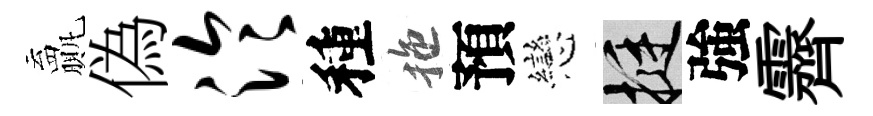
贏偽泠種拖預戀挺強霽